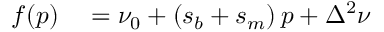
\begin{array} { r l } { f ( p ) } & { { } = \nu _ { 0 } + ( s _ { b } + s _ { m } ) \, p + \Delta ^ { 2 } \nu } \end{array}